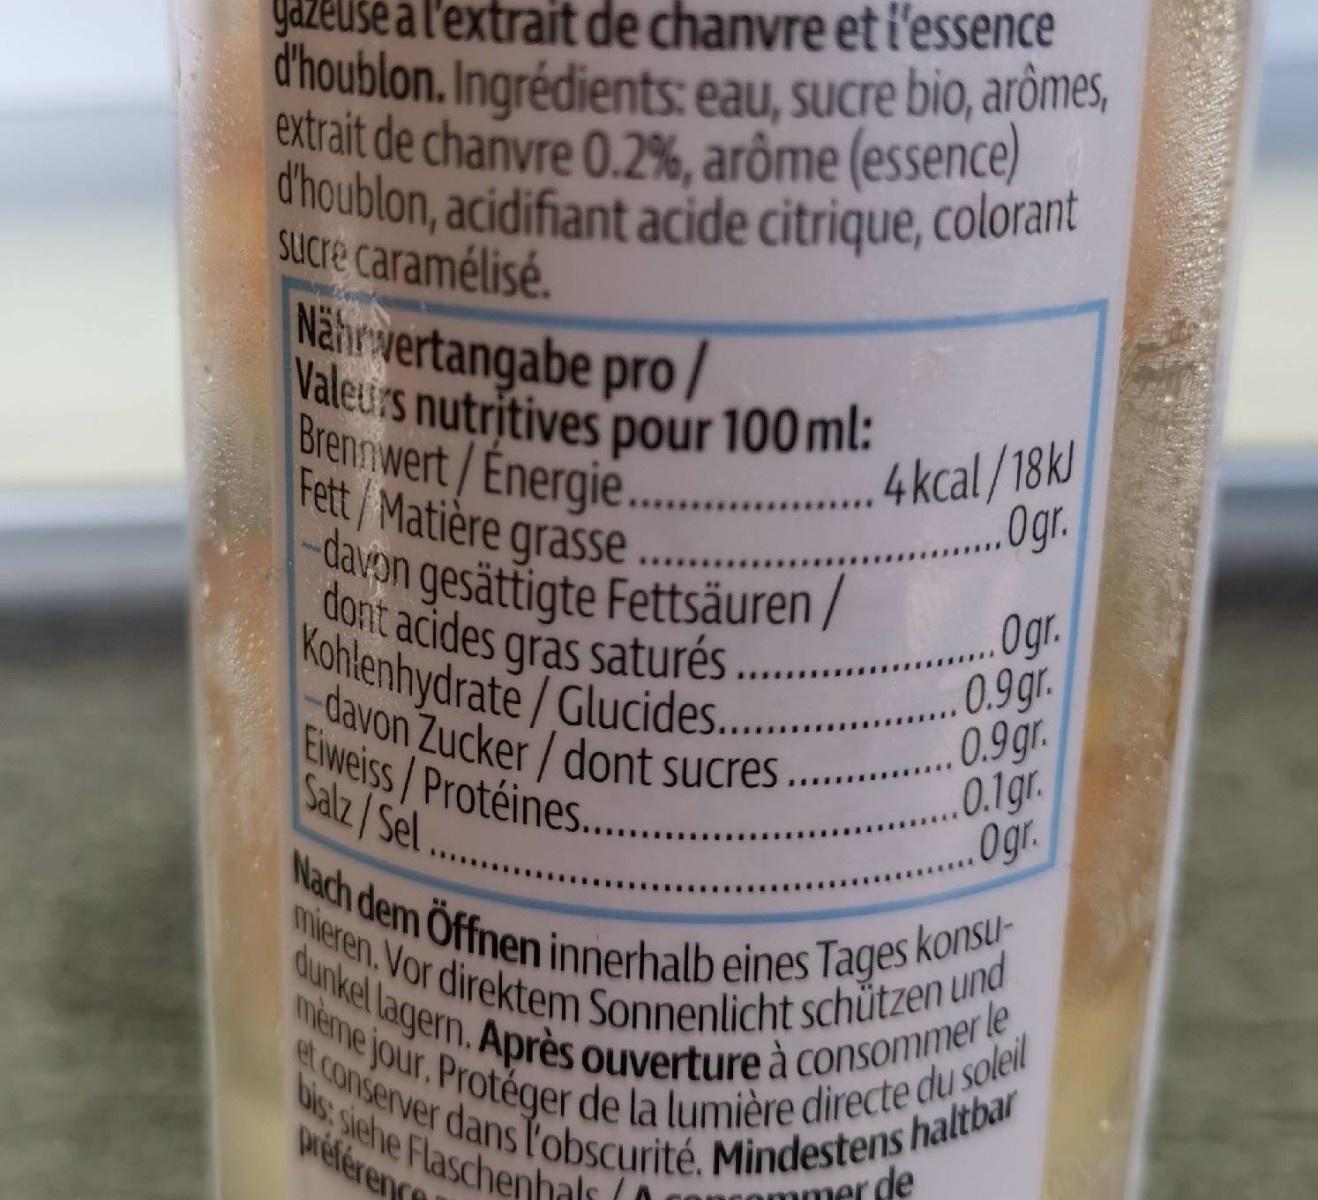
al'extrait de chanvre et i'essence d'houblon. Ingrédients: eau, sucre bio, arômes, extrait de chanvre 0.2%, arôme (essence) d'houblon, acidifiant acide citrique, colorant
yazeus
SUcre caramélisé. Nährvertangabe pro/
Valeurs nutritives pour 100 ml: Brennwert/Energie. .
4kcal/18k) .0gr.
Fett Matière grasse
-davon gesättigte Fettsäuren / Kohlenhydrate/Glucides.. -davon Zucker/dont sucres.. Eiweiss/Protéines. .
Ogr. 0.9gr. 0.9 gr. 0.1gr. Ogr.
dont acides gras saturés...
Salz/Sel..
Nach dem Öffnen innerhalb eines Tages konsu- mieren Vor direktem Sonnenlicht schŭtzen und dunkel lagern. Après ouverture à consommer le meme jour. Protéger de la lumière directe du soleil et conserver dans obscurité. Mindestens haltbar
....
bis siehe Flaschenhals (0 wiférence
ommer de